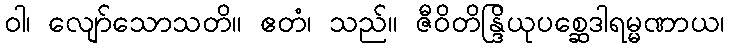
ဝါ၊ လျော်သောသတိ။ ဧတံ၊ သည်။ ဇီဝိတိန္ဒြိယုပစ္ဆေဒါရမ္မဏာယ၊